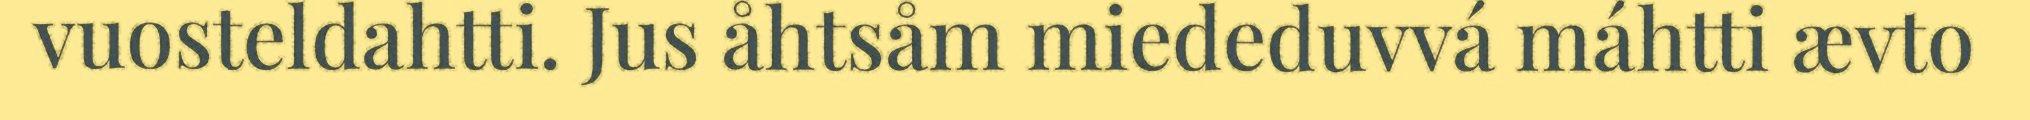
vuosteldahtti. Jus åhtsåm miededuvvá máhtti ævto